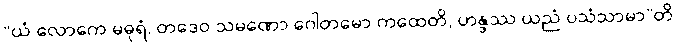
“ယံ လောကေ မဓုရံ, တဒေဝ သမဏော ဂေါတမော ကထေတိ, ဟန္ဒဿ ယညံ ပသံသာမာ”တိ